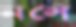
নলে